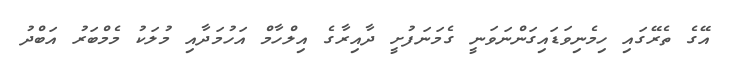
އޭގެ ތެރޭގައި ހިމެނިވަޑައިގަންނަވަނީ ގެމަނަފުށީ ދާއިރާގެ އިލްހާމް އަހުމަދާއި މުލަކު މެމްބަރު އަބްދު